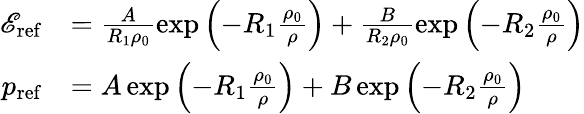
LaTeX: \begin{array}{rl}{\mathscr{E}_{\mathrm{ref}}}&{=\frac{A}{R_{1}\rho_{0}}\exp\left({-R_{1}\frac{\rho_{0}}{\rho}}\right)+\frac{B}{R_{2}\rho_{0}}\exp\left({-R_{2}\frac{\rho_{0}}{\rho}}\right)}\\ {p_{\mathrm{ref}}}&{=A\exp\left({-R_{1}\frac{\rho_{0}}{\rho}}\right)+B\exp\left({-R_{2}\frac{\rho_{0}}{\rho}}\right)}\end{array}